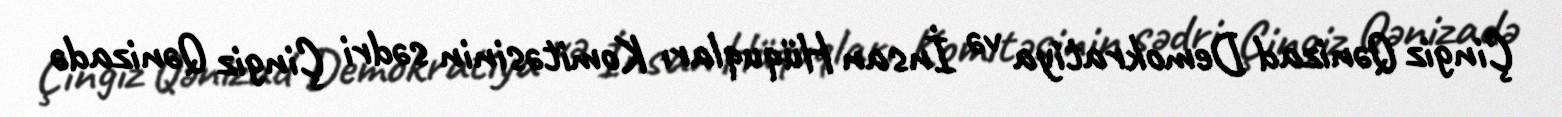
Çingiz Qənizad Demokratiya və İnsan Hüquqları Komitəsinin sədri Çingiz Qənizadə